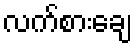
လက်စားချေ